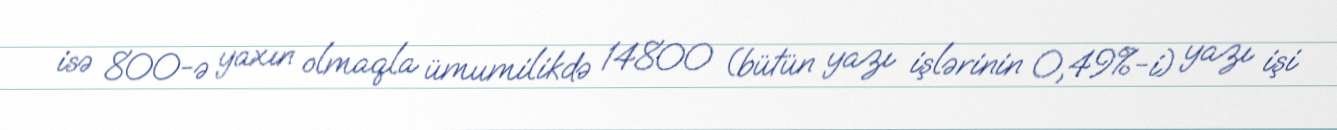
isə 800-ə yaxın olmaqla ümumilikdə 14800 (bütün yazı işlərinin 0,49%-i) yazı işi